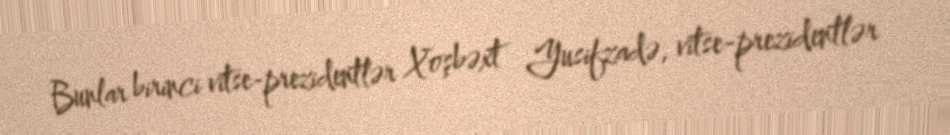
Bunlar birinci vitse-prezidentlər Xoşbəxt Yusifzadə, vitse-prezidentlər